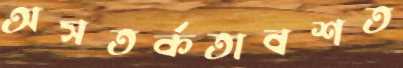
অসতর্কতাবশত